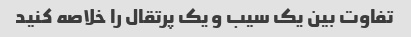
تفاوت بین یک سیب و یک پرتقال را خلاصه کنید